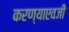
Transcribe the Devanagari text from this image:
करण्याएवजी